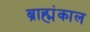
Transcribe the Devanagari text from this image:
ब्राह्मंकाल